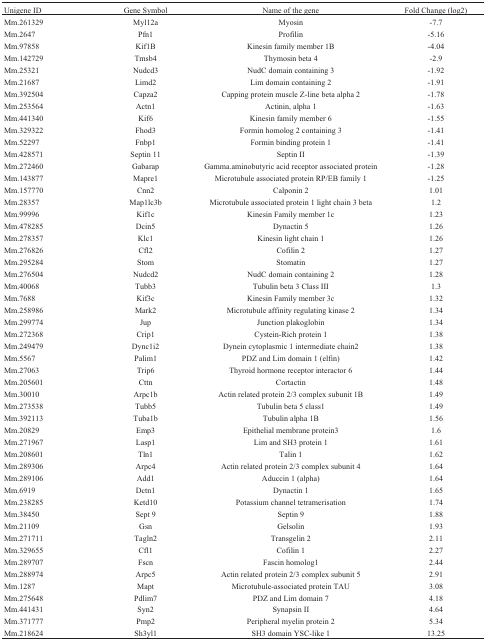
<table><thead><tr><td><b>Unigene ID</b></td><td><b>Gene Symbol</b></td><td><b>Name of the gene</b></td><td><b>Fold Change (log2)</b></td></tr></thead><tbody><tr><td>Mm.261329</td><td>Myl12a</td><td>Myosin</td><td>-7.7</td></tr><tr><td>Mm.2647</td><td>Pfn1</td><td>Profilin</td><td>-5.16</td></tr><tr><td>Mm.97858</td><td>Kif1B</td><td>Kinesin family member 1B</td><td>-4.04</td></tr><tr><td>Mm.142729</td><td>Tmsb4</td><td>Thymosin beta 4</td><td>-2.9</td></tr><tr><td>Mm.25321</td><td>Nudcd3</td><td>NudC domain containing 3</td><td>-1.92</td></tr><tr><td>Mm.21687</td><td>Limd2</td><td>Lim domain containing 2</td><td>-1.91</td></tr><tr><td>Mm.392504</td><td>Capza2</td><td>Capping protein muscle Z-line beta alpha 2</td><td>-1.78</td></tr><tr><td>Mm.253564</td><td>Actn1</td><td>Actinin, alpha 1</td><td>-1.63</td></tr><tr><td>Mm.441340</td><td>Kif6</td><td>Kinesin family member 6</td><td>-1.55</td></tr><tr><td>Mm.329322</td><td>Fhod3</td><td>Formin homolog 2 containing 3</td><td>-1.41</td></tr><tr><td>Mm.52297</td><td>Fnbp1</td><td>Formin binding protein 1</td><td>-1.41</td></tr><tr><td>Mm.428571</td><td>Septin 11</td><td>Septin II</td><td>-1.39</td></tr><tr><td>Mm.272460</td><td>Gabarap</td><td>Gamma.aminobutyric acid receptor associatedprotein</td><td>-1.28</td></tr><tr><td>Mm.143877</td><td>Mapre1</td><td>Microtubule associated protein RP/EB family1</td><td>-1.25</td></tr><tr><td>Mm.157770</td><td>Cnn2</td><td>Calponin 2</td><td>1.01</td></tr><tr><td>Mm.28357</td><td>Map1lc3b</td><td>Microtubule associated protein 1 light chain 3beta</td><td>1.2</td></tr><tr><td>Mm.99996</td><td>Kif1c</td><td>Kinesin Family member 1c</td><td>1.23</td></tr><tr><td>Mm.478285</td><td>Dcin5</td><td>Dynactin 5</td><td>1.26</td></tr><tr><td>Mm.278357</td><td>Klc1</td><td>Kinesin light chain 1</td><td>1.26</td></tr><tr><td>Mm.276826</td><td>Cfl2</td><td>Cofilin 2</td><td>1.27</td></tr><tr><td>Mm.295284</td><td>Stom</td><td>Stomatin</td><td>1.27</td></tr><tr><td>Mm.276504</td><td>Nudcd2</td><td>NudC domain containing 2</td><td>1.28</td></tr><tr><td>Mm.40068</td><td>Tubb3</td><td>Tubulin beta 3 Class III</td><td>1.3</td></tr><tr><td>Mm.7688</td><td>Kif3c</td><td>Kinesin Family member 3c</td><td>1.32</td></tr><tr><td>Mm.258986</td><td>Mark2</td><td>Microtubule affinity regulating kinase 2</td><td>1.34</td></tr><tr><td>Mm.299774</td><td>Jup</td><td>Junction plakoglobin</td><td>1.34</td></tr><tr><td>Mm.272368</td><td>Crip1</td><td>Cystein-Rich protein 1</td><td>1.38</td></tr><tr><td>Mm.249479</td><td>Dync1i2</td><td>Dynein cytoplasmic 1 intermediate chain2</td><td>1.38</td></tr><tr><td>Mm.5567</td><td>Palim1</td><td>PDZ and Lim domain 1 (elfin)</td><td>1.42</td></tr><tr><td>Mm.27063</td><td>Trip6</td><td>Thyroid hormone receptor interactor 6</td><td>1.44</td></tr><tr><td>Mm.205601</td><td>Cttn</td><td>Cortactin</td><td>1.48</td></tr><tr><td>Mm.30010</td><td>Arpc1b</td><td>Actin related protein 2/3 complex subunit 1B</td><td>1.49</td></tr><tr><td>Mm.273538</td><td>Tubb5</td><td>Tubulin beta 5 class1</td><td>1.49</td></tr><tr><td>Mm.392113</td><td>Tuba1b</td><td>Tubulin alpha 1B</td><td>1.56</td></tr><tr><td>Mm.20829</td><td>Emp3</td><td>Epithelial membrane protein3</td><td>1.6</td></tr><tr><td>Mm.271967</td><td>Lasp1</td><td>Lim and SH3 protein 1</td><td>1.61</td></tr><tr><td>Mm.208601</td><td>Tln1</td><td>Talin 1</td><td>1.62</td></tr><tr><td>Mm.289306</td><td>Arpc4</td><td>Actin related protein 2/3 complex subunit 4</td><td>1.64</td></tr><tr><td>Mm.289106</td><td>Add1</td><td>Aduccin 1 (alpha)</td><td>1.64</td></tr><tr><td>Mm.6919</td><td>Dctn1</td><td>Dynactin 1</td><td>1.65</td></tr><tr><td>Mm.238285</td><td>Ketd10</td><td>Potassium channel tetramerisation</td><td>1.74</td></tr><tr><td>Mm.38450</td><td>Sept 9</td><td>Septin 9</td><td>1.88</td></tr><tr><td>Mm.21109</td><td>Gsn</td><td>Gelsolin</td><td>1.93</td></tr><tr><td>Mm.271711</td><td>Tagln2</td><td>Transgelin 2</td><td>2.11</td></tr><tr><td>Mm.329655</td><td>Cfl1</td><td>Cofilin 1</td><td>2.27</td></tr><tr><td>Mm.289707</td><td>Fscn</td><td>Fascin homolog1</td><td>2.44</td></tr><tr><td>Mm.288974</td><td>Arpc5</td><td>Actin related protein 2/3 complex subunit 5</td><td>2.91</td></tr><tr><td>Mm.1287</td><td>Mapt</td><td>Microtubule-associated protein TAU</td><td>3.08</td></tr><tr><td>Mm.275648</td><td>Pdlim7</td><td>PDZ and Lim domain 7</td><td>4.18</td></tr><tr><td>Mm.441431</td><td>Syn2</td><td>Synapsin II</td><td>4.64</td></tr><tr><td>Mm.371777</td><td>Pmp2</td><td>Peripheral myelin protein 2</td><td>5.34</td></tr><tr><td>Mm.218624</td><td>Sh3yl1</td><td>SH3 domain YSC-like 1</td><td>13.25</td></tr></tbody></table>